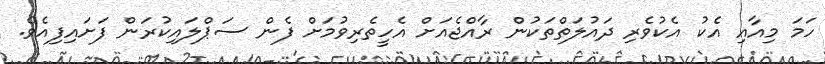
ހަމަ މިއާއި އެކު އެކުވެރި ދައުލަތްތަކުން ރާއްޖެއަށް އެހީތެރިވުމަށް ފެން ސަޕްލައިކުރަން ފަށައިފިއެވެ.